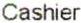
CASHIER